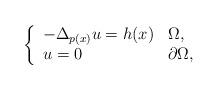
LaTeX: \begin{align*}\left\{\begin{array}{ll}-\Delta _{p(x)}u=h(x) & \Omega , \\u=0 & \partial \Omega ,\end{array}\right. \end{align*}